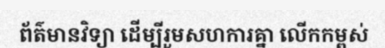
ព័ត៌មានវិទ្យា ដើម្បីរួមសហការគ្នា លើកកម្ពស់